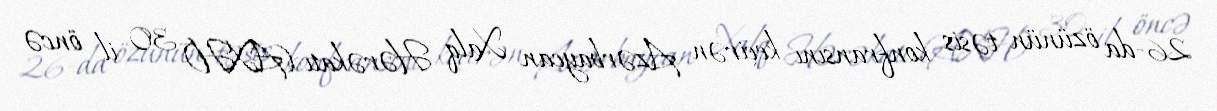
26-da özünün təsis konfransını keçirən Azərbaycan Xalq Hərəkatı (AXH) 30 il öncə